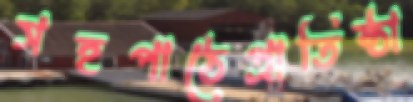
সহপাঠেপ্রাতিষ্ঠা